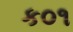
ક૦૧